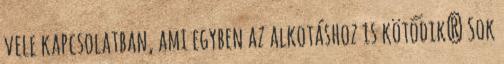
vele kapcsolatban, ami egyben az alkotáshoz is kötődik? Sok